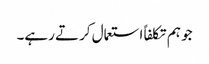
جو ہم تکلفاً استعمال کرتے رہے۔